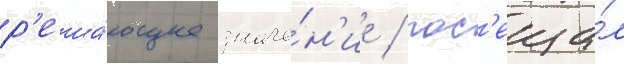
р'еша́ющее значе́н'ие / пос'еща́л